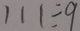
1 1 1 \div 9